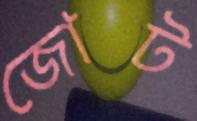
জোট